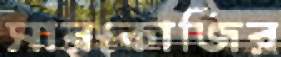
সারকোজির